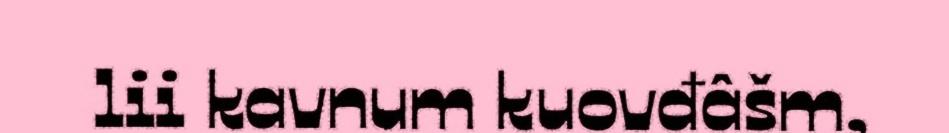
lii kavnum kuovđâšm,